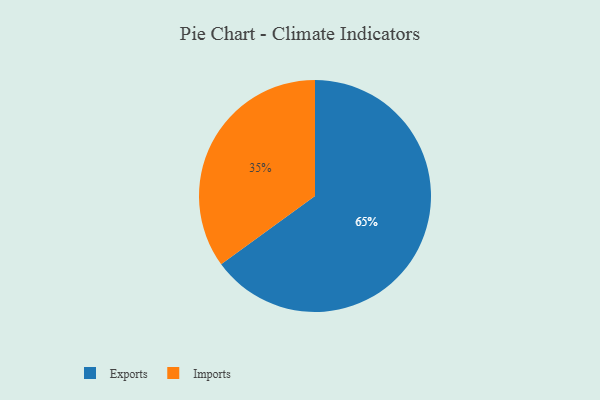
{"axis": {"x": "Category", "y": "Percentage"}, "legend": ["Exports", "Imports"], "data": [{"x": "Exports", "y": 65, "type": "Exports"}, {"x": "Imports", "y": 35, "type": "Imports"}]}